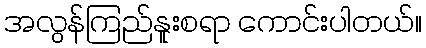
အလွန်ကြည်နူးစရာ ကောင်းပါတယ်။